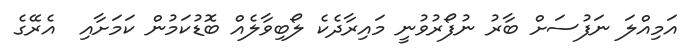
އަމިއްލަ ނަފުސަށް ބާރު ނުފޯރުވުނީ މައިރާދެކެ ލޯބިވާލެއް ބޮޑުކަމުން ކަމަށާއި  އެރޭގެ